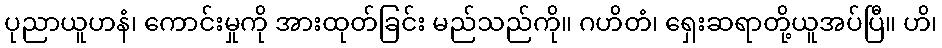
ပုညာယူဟနံ၊ ကောင်းမှုကို အားထုတ်ခြင်း မည်သည်ကို။ ဂဟိတံ၊ ရှေးဆရာတို့ယူအပ်ပြီ။ ဟိ၊